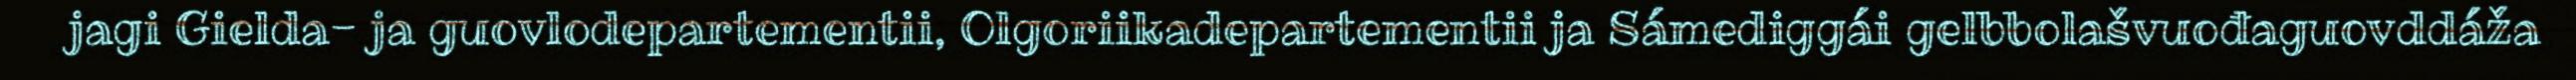
jagi Gielda- ja guovlodepartementii, Olgoriikadepartementii ja Sámediggái gelbbolašvuođaguovddáža